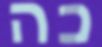
כה